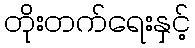
တိုးတက်ရေးနှင့်